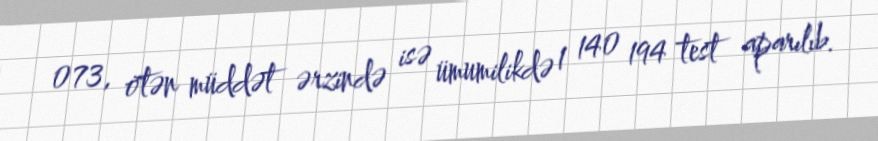
073, ötən müddət ərzində isə ümumilikdə 1 140 194 test aparılıb.